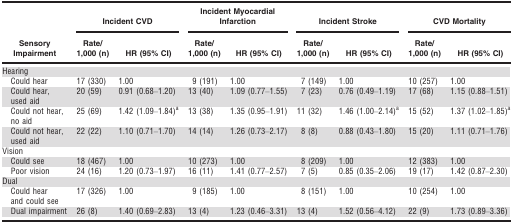
<table><thead><tr><td rowspan="2"><b>Sensory Impairment</b></td><td colspan="2"><b>Incident CVD</b></td><td colspan="2"><b>Incident Myocardial Infarction</b></td><td colspan="2"><b>Incident Stroke</b></td><td colspan="2"><b>CVD Mortality</b></td></tr><tr><td><b>Rate/1,000 (n)</b></td><td><b>HR (95% CI)</b></td><td><b>Rate/1,000 (n)</b></td><td><b>HR (95% CI)</b></td><td><b>Rate/1,000 (n)</b></td><td><b>HR (95% CI)</b></td><td><b>Rate/1,000 (n)</b></td><td><b>HR (95% CI)</b></td></tr></thead><tbody><tr><td colspan="9">Hearing</td></tr><tr><td>Could hear</td><td>17 (330)</td><td>1.00</td><td>9 (191)</td><td>1.00</td><td>7 (149)</td><td>1.00</td><td>10 (257)</td><td>1.00</td></tr><tr><td>Could hear, used aid</td><td>20 (59)</td><td>0.91 (0.68–1.20)</td><td>13 (40)</td><td>1.09 (0.77–1.55)</td><td>7 (23)</td><td>0.76 (0.49–1.19)</td><td>17 (68)</td><td>1.15 (0.88–1.51)</td></tr><tr><td>Could not hear, no aid</td><td>25 (69)</td><td>1.42 (1.09–1.84)a</td><td>13 (38)</td><td>1.35 (0.95–1.91)</td><td>11 (32)</td><td>1.46 (1.00–2.14)a</td><td>15 (52)</td><td>1.37 (1.02–1.85)a</td></tr><tr><td>Could not hear, used aid</td><td>22 (22)</td><td>1.10 (0.71–1.70)</td><td>14 (14)</td><td>1.26 (0.73–2.17)</td><td>8 (8)</td><td>0.88 (0.43–1.80)</td><td>15 (20)</td><td>1.11 (0.71–1.76)</td></tr><tr><td colspan="9">Vision</td></tr><tr><td>Could see</td><td>18 (467)</td><td>1.00</td><td>10 (273)</td><td>1.00</td><td>8 (209)</td><td>1.00</td><td>12 (383)</td><td>1.00</td></tr><tr><td>Poor vision</td><td>24 (16)</td><td>1.20 (0.73–1.97)</td><td>16 (11)</td><td>1.41 (0.77–2.57)</td><td>7 (5)</td><td>0.85 (0.35–2.06)</td><td>19 (17)</td><td>1.42 (0.87–2.30)</td></tr><tr><td colspan="9">Dual</td></tr><tr><td>Could hear and could see</td><td>17 (326)</td><td>1.00</td><td>9 (185)</td><td>1.00</td><td>8 (151)</td><td>1.00</td><td>10 (254)</td><td>1.00</td></tr><tr><td>Dual impairment</td><td>26 (8)</td><td>1.40 (0.69–2.83)</td><td>13 (4)</td><td>1.23 (0.46–3.31)</td><td>13 (4)</td><td>1.52 (0.56–4.12)</td><td>22 (9)</td><td>1.73 (0.89–3.36)</td></tr></tbody></table>